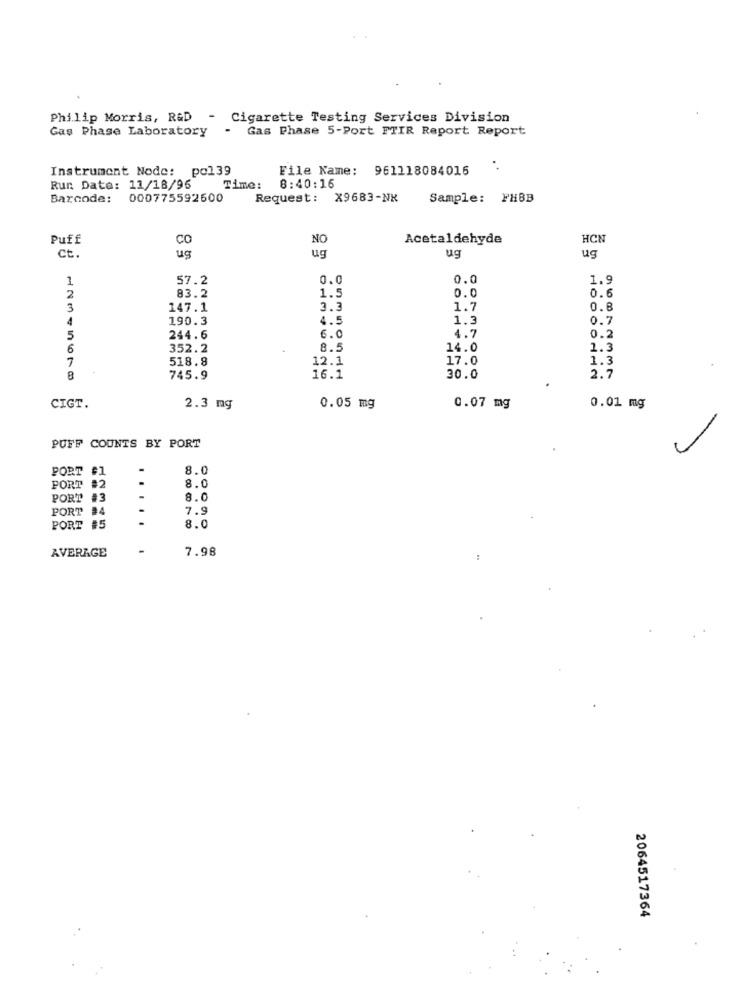
Philip Morris, R&D - Cigarette Testing Services Division
Gas Phase Laboratory
- Gas Phase 5-Port FTIR Report Report
Instrument Node: pol39
File Name:
961218084016
8:40:16
Run Date: 11/18/96
Time:
Barcode:
000775592600
Request: X9683-NX
Sample: FHBB
Puff
CO
NO
Acetaldehyde
HCN
ct.
ug
ug
ug
ug
57.2
0.0
0.0
1.9
2
83.2
0.0
0.6
1.5
3
147.1
3.3
1.7
0.6
190.3
4.5
1.3
0.7
4.7
5
244.6
6.0
0.2
6
352.2
8.5
14.0
1.3
7
518.8
12.1
17.0
1.3
745.9
16.1
30.0
2.7
CIGT.
2.3 mg
0.05 mg
0.07 mg
0.01 mg
PUFF COUNTS BY PORT
PORT
#1
-
8.0
# 2
8.0
PORT
PORT #3
.
8.0
PORT
7.9
PORT #5
.....
8.0
7.98
AVERAGE
2064517364